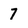
Character: 7